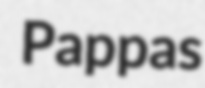
Pappas